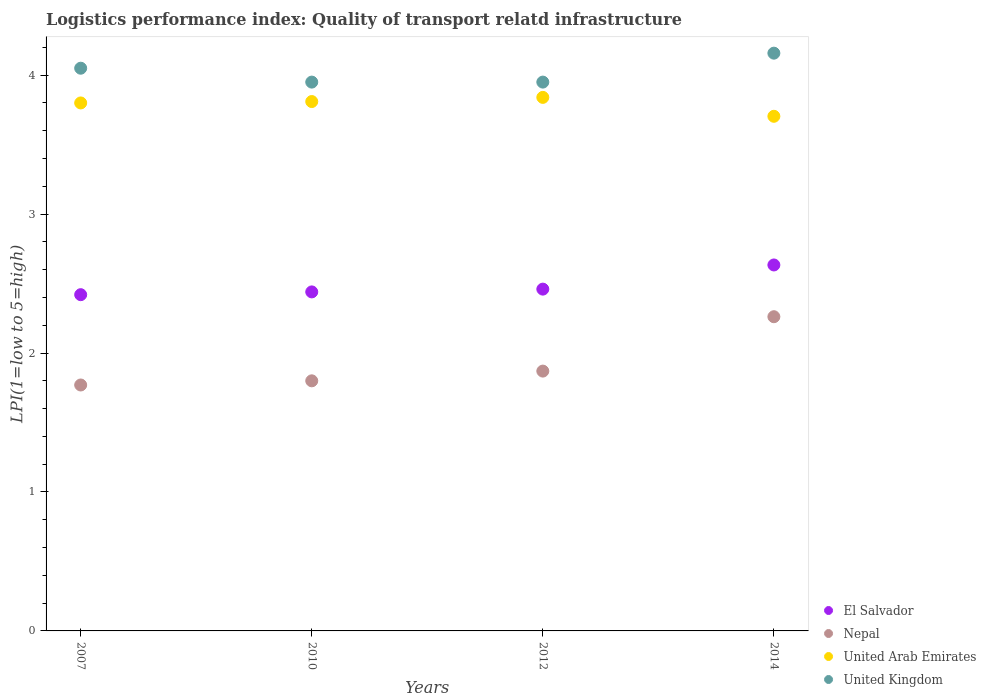
| Years | El Salvador | Nepal | United Arab Emirates | United Kingdom |
 | --- | --- | --- | --- | --- |
 | 2007 | 2.42 | 1.77 | 3.8 | 4.05 |
 | 2010 | 2.44 | 1.8 | 3.81 | 3.95 |
 | 2012 | 2.46 | 1.87 | 3.84 | 3.95 |
 | 2014 | 2.63 | 2.26 | 3.7 | 4.16 |